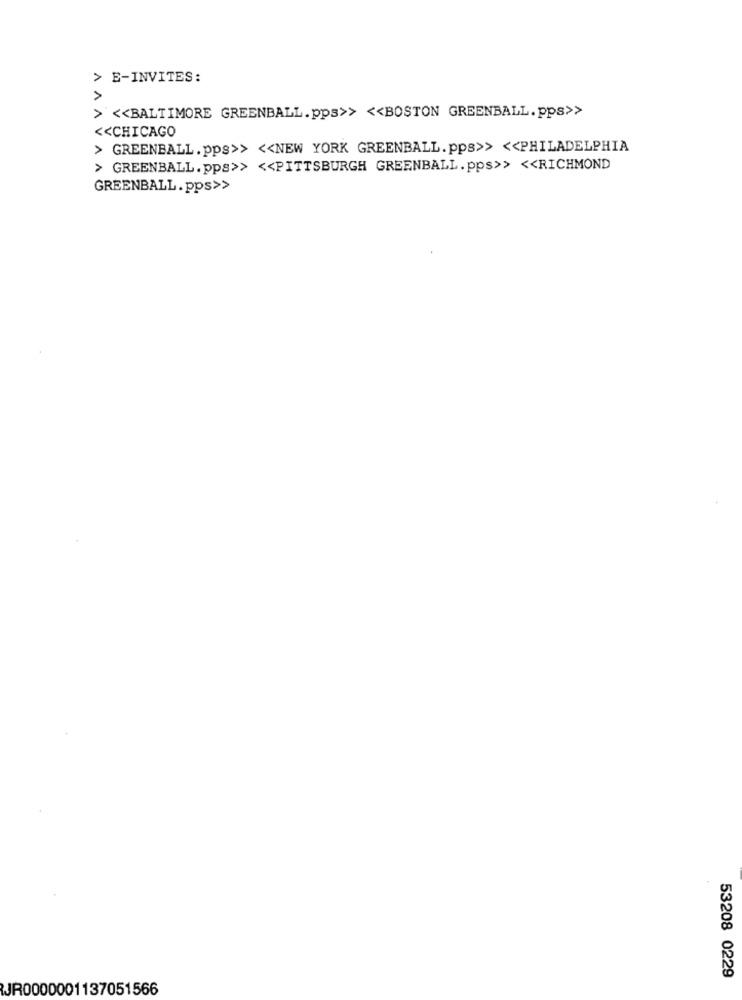
> E-INVITES:
>
> << BALTIMORE GREENBALL.pps>> << BOSTON GREENBALL.pps>>
<< CHICAGO
> GREENBALL.pps>> << NEW YORK GREENBALL.pps>> << PHILADELPHIA
> GREENBALL.pps>> << PITTSBURGH GREENBALL.pps>> << RICHMOND
GREENBALL.pps>>
53208 0229
JR0000001137051566